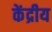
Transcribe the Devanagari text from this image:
केंद्रीय